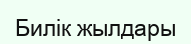
Билік жылдары